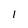
Character: I